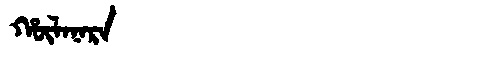
Manchu: ᡥᡡᠯᠠᠨᠠᡵᠠ
Romanization: HŪLANARA